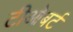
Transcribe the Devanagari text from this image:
टीओबर्ट